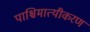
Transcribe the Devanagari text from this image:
पाश्चिमात्यीकरण